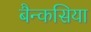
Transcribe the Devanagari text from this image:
बैन्कसिया